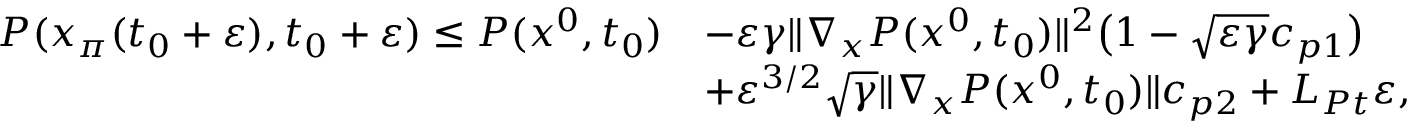
\begin{array} { r l } { P ( x _ { \pi } ( t _ { 0 } + \varepsilon ) , t _ { 0 } + \varepsilon ) \le P ( x ^ { 0 } , t _ { 0 } ) } & { - \varepsilon \gamma \| \nabla _ { x } P ( x ^ { 0 } , t _ { 0 } ) \| ^ { 2 } \big ( 1 - \sqrt { \varepsilon \gamma } c _ { p 1 } \big ) } \\ & { + \varepsilon ^ { 3 / 2 } \sqrt \gamma \| \nabla _ { x } P ( x ^ { 0 } , t _ { 0 } ) \| c _ { p 2 } + L _ { P t } \varepsilon , } \end{array}